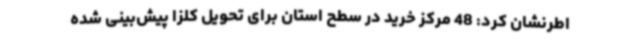
اطرنشان کرد: 48 مرکز خرید در سطح استان برای تحویل کلزا پیش‌بینی شده